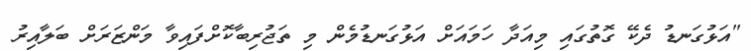
"އަޅުގަނޑު ދެކޭ ގޮތުގައި މިއަދާ ހަމަައަށް އަޅުގަނޑުމެން މި ތަޖުރިބާކޮށްފައިވާ މަންޒަރަށް ބަލާއިރު